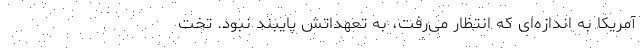
آمریکا به اندازه‌ای که انتظار می‌رفت، به تعهداتش پایبند نبود. تخت